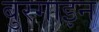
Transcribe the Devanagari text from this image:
बुरगाइन